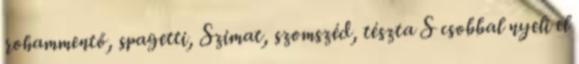
rohammentő, spagetti, Szimat, szomszéd, tészta S csobbal nyeli el